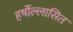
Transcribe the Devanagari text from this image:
हर्षोल्लासित